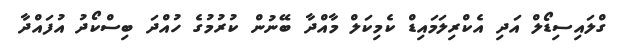
ގްލައިސިޑޯލް އަދި އެކްރިލަމައިޑް ކެމިކަލް މާއްދާ ބޭނުން ކުރުމުގެ ހުއްދަ ބިސްކޯދު އުފައްދާ